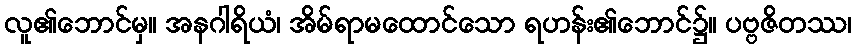
လူ၏ဘောင်မှ။ အနဂါရိယံ၊ အိမ်ရာမထောင်သော ရဟန်း၏ဘောင်၌။ ပဗ္ဗဇိတဿ၊